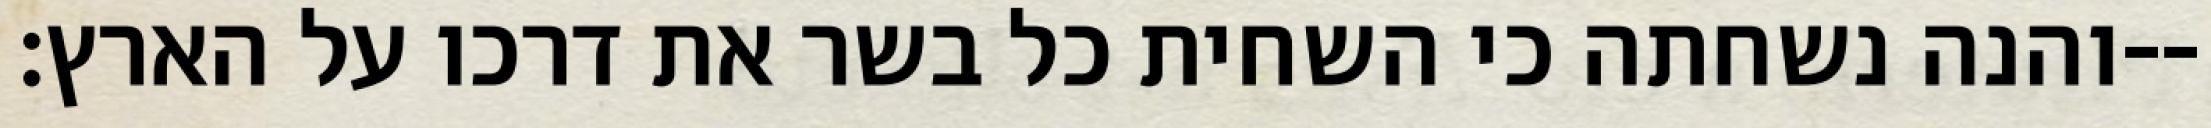
והנה נשחתה כי השחית כל בשר את דרכו על הארץ׃--